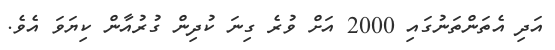
އަދި އެތަންތަނުގައި 2000 އަށް ވުރެ ގިނަ ކުދިން ގުރުއާން ކިޔަވަ އެވެ.